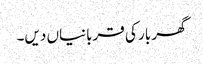
گھر بار کی قربانیاں دیں۔